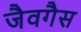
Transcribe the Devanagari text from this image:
जैवगैस